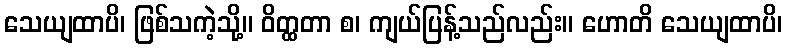
သေယျထာပိ၊ ဖြစ်သကဲ့သို့။ ဝိတ္ထတာ စ၊ ကျယ်ပြန့်သည်လည်း။ ဟောတိ သေယျထာပိ၊